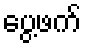
ပွေ့ဖက်